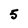
Character: 5